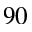
^ { 9 0 }